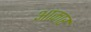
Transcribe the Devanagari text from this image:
अाकार